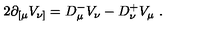
2 \partial _ { [ \mu } V _ { \nu ] } = D _ { \mu } ^ { - } V _ { \nu } - D _ { \nu } ^ { + } V _ { \mu } \ .